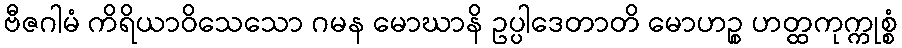
ဗီဇဂါမံ ကိရိယာဝိသေသော ဂမန မောဃာနိ ဥပ္ပါဒေတာတိ မောဟဉ္စ ဟတ္ထကုက္ကုစ္စံ